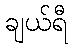
ချယ်ရီ